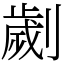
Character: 劌